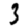
Digit: 3